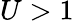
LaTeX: U>1